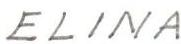
ELINA